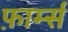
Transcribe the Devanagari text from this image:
फ़ार्म्स